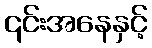
၎င်းအနေနှင့်